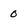
Character: o